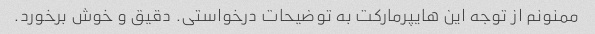
ممنونم از توجه این هایپرمارکت به توضیحات درخواستی. دقیق و خوش برخورد.